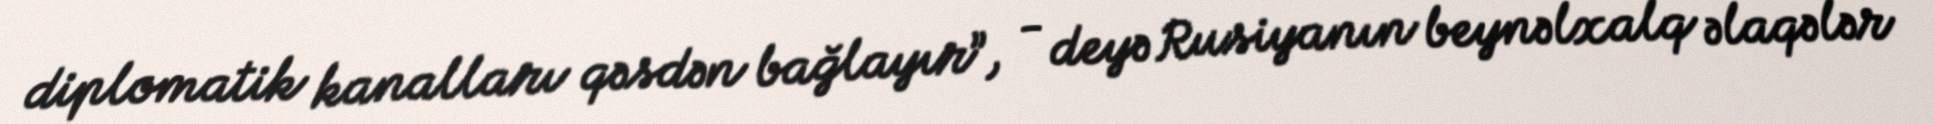
diplomatik kanalları qəsdən bağlayır”, - deyə Rusiyanın beynəlxalq əlaqələr